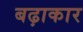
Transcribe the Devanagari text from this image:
बढ़ाकार